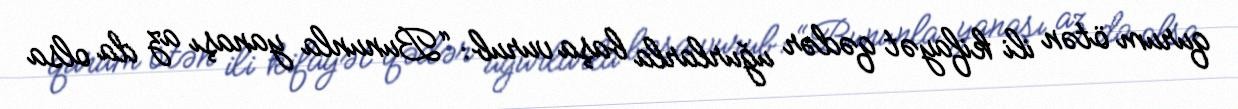
qurum ötən ili kifayət qədər uğurlarla başa vurub: “Bununla yanaşı az da olsa